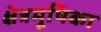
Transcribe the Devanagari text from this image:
क्षेत्रमूषिका